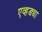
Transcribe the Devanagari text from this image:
एव्हड्या